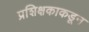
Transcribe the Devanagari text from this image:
प्रशिक्षकाकडून